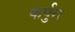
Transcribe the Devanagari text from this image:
कर्पुरा